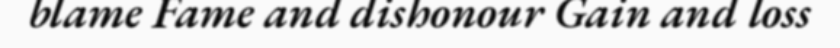
blame Fame and dishonour Gain and loss